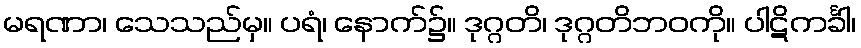
မရဏာ၊ သေသည်မှ။ ပရံ၊ နောက်၌။ ဒုဂ္ဂတိ၊ ဒုဂ္ဂတိဘဝကို။ ပါဋိကင်္ခါ၊